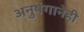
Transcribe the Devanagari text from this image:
अनुषंगानेही